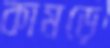
কামড়ে